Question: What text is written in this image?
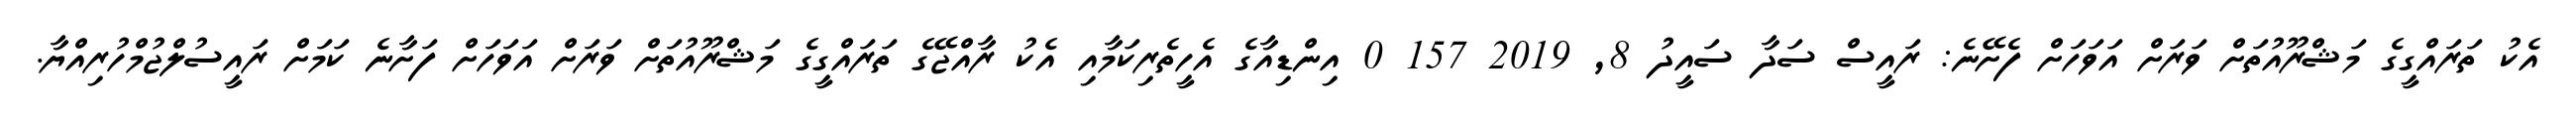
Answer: އެކު ތަރައްގީގެ މަޝްރޫއުތަށް ވަރަށް އަވަހަށް ފެށޭނެ: ރައީސް ސަދާ ސައީދު 8, 2019 157 0 އިންޑިއާގެ އެހީތެރިކަމާއި އެކު ރާއްޖޭގެ ތަރައްގީގެ މަޝްރޫއުތަށް ވަރަށް އަވަހަށް ފަށާނެ ކަމަށް ރައީސުލްޖުމްހުރިއްޔާ.